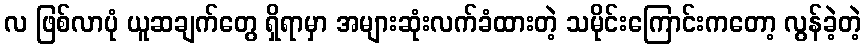
လ ဖြစ်လာပုံ ယူဆချက်တွေ ရှိရာမှာ အများဆုံးလက်ခံထားတဲ့ သမိုင်းကြောင်းကတော့ လွန်ခဲ့တဲ့